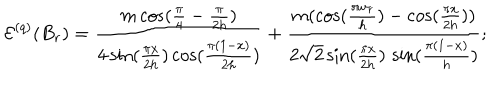
LaTeX: \mathcal { E } ^ { ( q ) } ( B _ { r } ) = \frac { m \cos ( \frac { \pi } { 4 } - \frac { \pi } { 2 h } ) } { 4 \sin ( \frac { \pi x } { 2 h } ) \cos ( \frac { \pi ( 1 - x ) } { 2 h } ) } + \frac { m ( \cos ( \frac { \pi w _ { r } } { h } ) - \cos ( \frac { \pi x } { 2 h } ) ) } { 2 \sqrt { 2 } \sin ( \frac { \pi x } { 2 h } ) \, \sin ( \frac { \pi ( 1 - x ) } { h } ) } ;